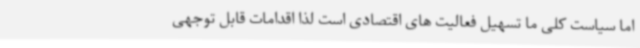
اما سیاست کلی ما تسهیل فعالیت های اقتصادی است لذا اقدامات قابل توجهی